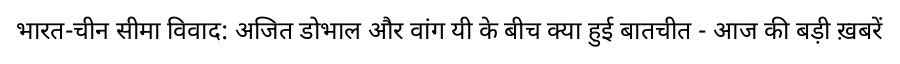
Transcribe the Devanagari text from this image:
भारत-चीन सीमा विवाद: अजित डोभाल और वांग यी के बीच क्या हुई बातचीत - आज की बड़ी ख़बरें